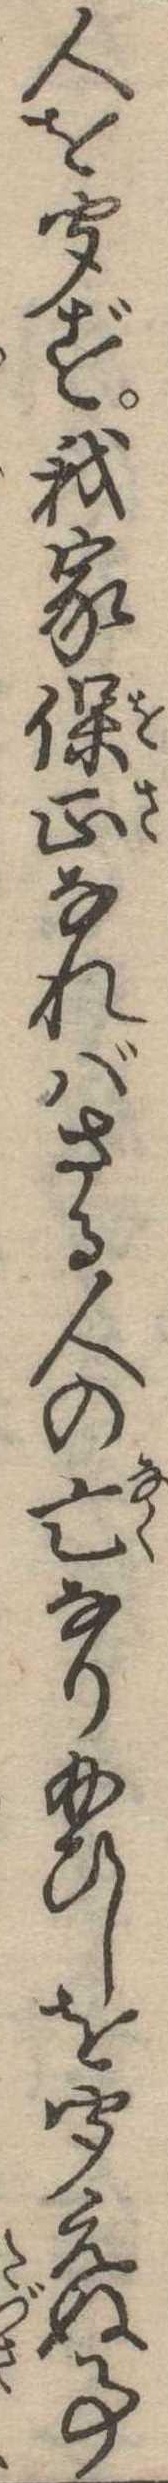
人を聞ず我家保正なればさる人の亡なり給ひしを聞えぬ事